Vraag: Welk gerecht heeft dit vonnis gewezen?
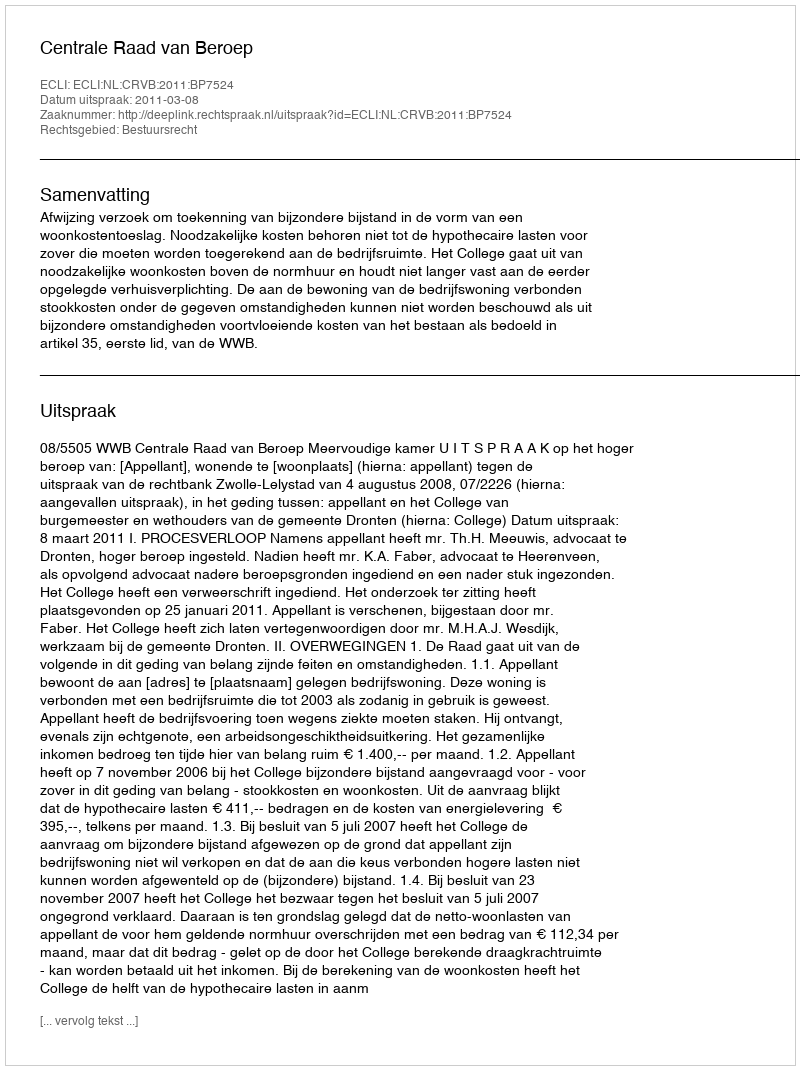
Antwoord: Centrale Raad van Beroep